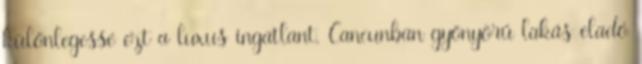
különlegessé ezt a luxus ingatlant. Cancunban gyönyörű lakás eladó